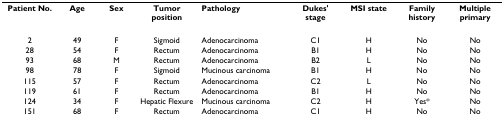
<table><thead><tr><td><b>Patient No.</b></td><td><b>Age</b></td><td><b>Sex</b></td><td><b>Tumor position</b></td><td><b>Pathology</b></td><td><b>Dukes&#x27; stage</b></td><td><b>MSI state</b></td><td><b>Family history</b></td><td><b>Multiple primary</b></td></tr></thead><tbody><tr><td>2</td><td>49</td><td>F</td><td>Sigmoid</td><td>Adenocarcinoma</td><td>C1</td><td>H</td><td>No</td><td>No</td></tr><tr><td>28</td><td>54</td><td>F</td><td>Rectum</td><td>Adenocarcinoma</td><td>B1</td><td>H</td><td>No</td><td>No</td></tr><tr><td>93</td><td>68</td><td>M</td><td>Rectum</td><td>Adenocarcinoma</td><td>B2</td><td>L</td><td>No</td><td>No</td></tr><tr><td>98</td><td>78</td><td>F</td><td>Sigmoid</td><td>Mucinous carcinoma</td><td>B1</td><td>H</td><td>No</td><td>No</td></tr><tr><td>115</td><td>57</td><td>F</td><td>Rectum</td><td>Adenocarcinoma</td><td>C2</td><td>L</td><td>No</td><td>No</td></tr><tr><td>119</td><td>61</td><td>F</td><td>Rectum</td><td>Adenocarcinoma</td><td>B1</td><td>H</td><td>No</td><td>No</td></tr><tr><td>124</td><td>34</td><td>F</td><td>Hepatic Flexure</td><td>Mucinous carcinoma</td><td>C2</td><td>H</td><td>Yes*</td><td>No</td></tr><tr><td>151</td><td>68</td><td>F</td><td>Rectum</td><td>Adenocarcinoma</td><td>C1</td><td>H</td><td>No</td><td>No</td></tr></tbody></table>